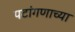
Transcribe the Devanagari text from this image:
पटांगणाच्या